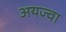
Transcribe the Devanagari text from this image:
अयज्वा